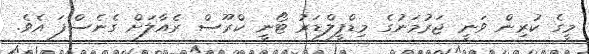
މީގެ ކުރިން ވަނީ ޖަރުމަނުގެ މިޑްފީލްޑަރު ޓޯނީ ކްރޫސް ރެއާލަށް ގެނެސްފަ އެވެ.